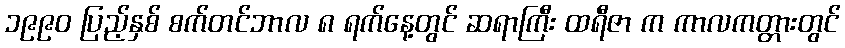
၁၉၉၀ ပြည့်နှစ် စက်တင်ဘာလ ၈ ရက်နေ့တွင် ဆရာကြီး ထရီဇာ က ကာလကတ္တားတွင်